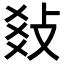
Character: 𢼬